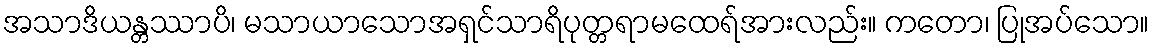
အသာဒိယန္တဿာပိ၊ မသာယာသောအရှင်သာရိပုတ္တရာမထေရ်အားလည်း။ ကတော၊ ပြုအပ်သော။